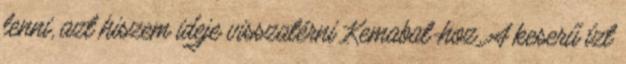
lenni, azt hiszem ideje visszatérni Kemabat-hoz. A keserű ízt